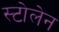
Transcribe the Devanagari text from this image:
स्टोलेन